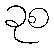
ခုစ